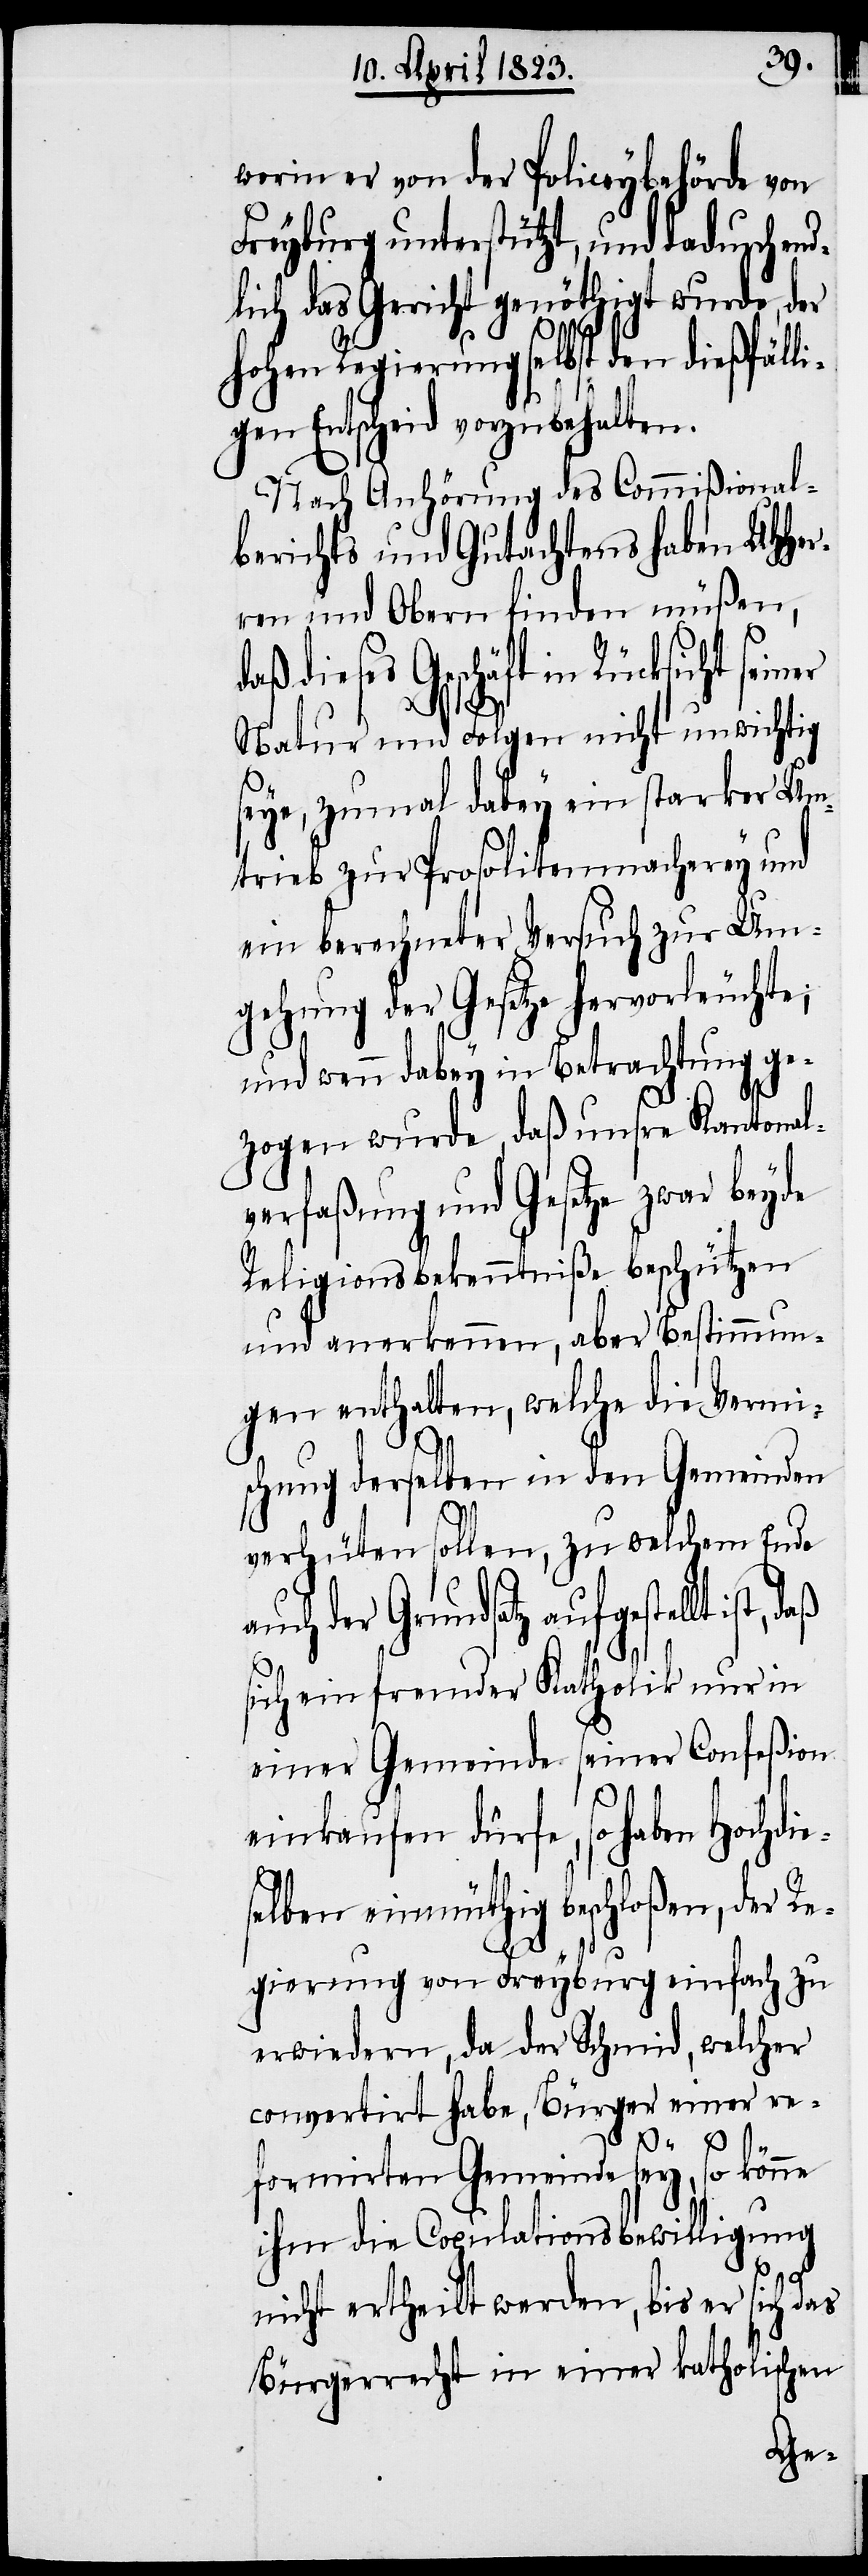
worin er von der Policeybehörde von
Freyburg unterstützt, und dadurch en¬
dlich das Gericht genöthigt wurde, der
hohen Regierung selbst den dießfäll¬
igen Entscheid vorzubehalten.
Nach Anhörung des Commißional¬
berichts und Gutachtens haben UHHer¬
ren und Obern finden müßen,
d¬
aß dieses Geschäft in Rücksicht
Natur und Folgen nicht unwichtig
seye, zumal dabey ein starker Um¬
trieb zur Prosolitenmacherey und
ein berechneter Versuch zur Um¬
gehung der Gesetze hervorleuchte;
und wenn dabey in Betrachtung ge¬
zogen wurde, daß unsre Kantonal¬
verfaßung und Gesetze zwar beyde
Religionsbekenntniße beschützen
und anerkennen, aber Bestimmun¬
gen enthalten, welche die Vermi¬
schung derselben in den Gemeinden
verhüten sollen, zu welchem Ende
der Grundsatz aufgestellt ist,
sich ein fremder Katholik nur in
einer Gemeinde seiner Confeßion
einkaufen dürfe, so haben Hochdie¬
selben einmüthig beschloßen, der Re¬
gierung von Freyburg einfach zu
erwiedern, da der Schmid, welcher
convertirt habe, Bürger einer re¬
formirten Gemeinde sey, so könne
ihm die Copulationsbewilligung
nicht ertheilt werden, bis er sich das
Bürgerrecht in einer katholischen